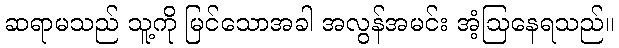
ဆရာမသည် သူ့ကို မြင်သောအခါ အလွန်အမင်း အံ့ဩနေရသည်။